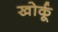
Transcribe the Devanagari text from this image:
खोर्कू